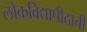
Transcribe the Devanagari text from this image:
लोकविद्यापीठाची